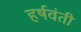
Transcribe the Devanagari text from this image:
हर्षवंती